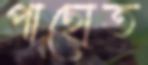
পাছোত